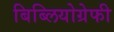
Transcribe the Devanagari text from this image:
बिब्लियोग्रेफी